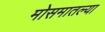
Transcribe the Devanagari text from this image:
मोसमातल्या